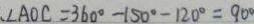
. \angle A O C = 3 6 0 ^ { \circ } - 1 5 0 ^ { \circ } - 1 2 0 ^ { \circ } = 9 0 ^ { \circ }